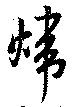
煒